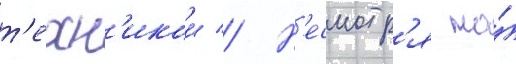
т'ехн'икои // Н'есмотр'я на́